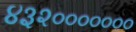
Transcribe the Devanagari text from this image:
४३२०००००००